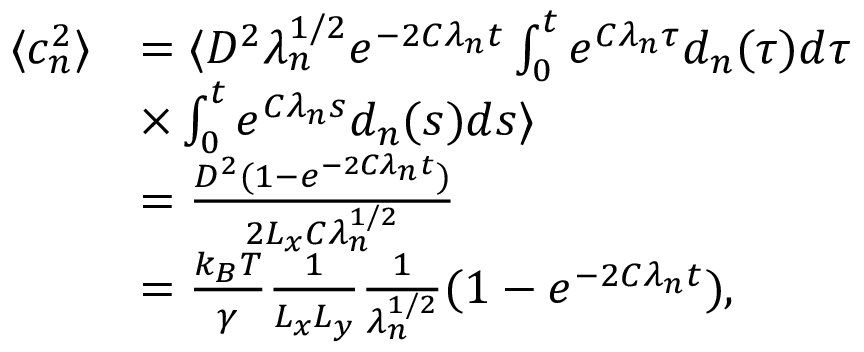
\begin{array} { r l } { \langle c _ { n } ^ { 2 } \rangle } & { = \langle D ^ { 2 } \lambda _ { n } ^ { 1 / 2 } e ^ { - 2 C \lambda _ { n } t } \int _ { 0 } ^ { t } e ^ { C \lambda _ { n } \tau } d _ { n } ( \tau ) d \tau } \\ & { \times \int _ { 0 } ^ { t } e ^ { C \lambda _ { n } s } d _ { n } ( s ) d s \rangle } \\ & { = \frac { D ^ { 2 } ( 1 - e ^ { - 2 C \lambda _ { n } t } ) } { 2 L _ { x } C \lambda _ { n } ^ { 1 / 2 } } } \\ & { = \frac { k _ { B } T } { \gamma } \frac { 1 } { L _ { x } L _ { y } } \frac { 1 } { \lambda _ { n } ^ { 1 / 2 } } ( 1 - e ^ { - 2 C \lambda _ { n } t } ) , } \end{array}